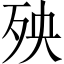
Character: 殃